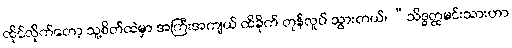
ထိုင်လိုက်တော့ သူ့စိတ်ထဲမှာ အကြီးအကျယ် ထိခိုက် တုန်လှုပ် သွားတယ်၊ “သိဒ္ဓတ္ထမင်းသားဟာ